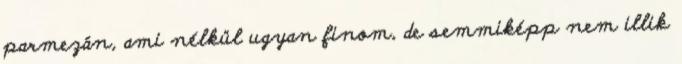
parmezán, ami nélkül ugyan finom, de semmiképp nem illik